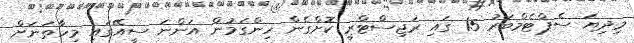
މިދިޔަ ސެޕްޓެމްބަރު 15 ގައި ރަޖިސްޓްރީ ކޮށްގެން ހިންގަމުން އަންނަ ސީއޭގައި މިހާތަނަށް